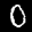
Label: 0